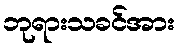
ဘုရားသခင်အား